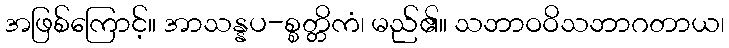
အဖြစ်ကြောင့်။ အာသန္နပ-စ္စတ္တိကံ၊ မည်၏။ သဘာဝဝိသဘာဂတာယ၊